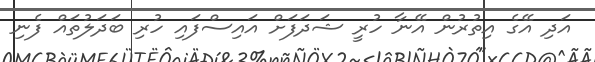
އަދި އޭގެ އިތުރުން އޭނާ ހުރީ ޝަދަފަށް އައިސްފައި ހުރި ބަދަލުތައް ފެނި